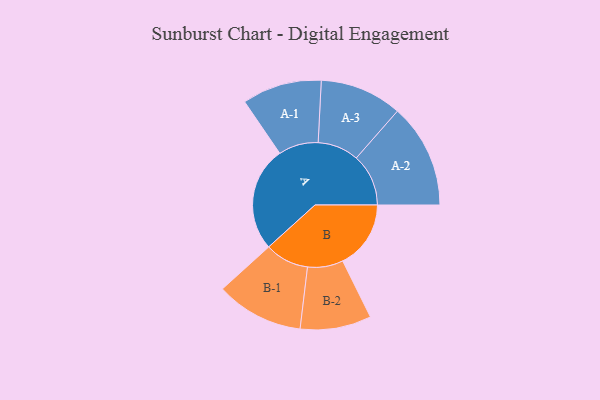
{"axis": {"x": "Segment", "y": "Value"}, "legend": ["", "A", "B"], "data": [{"x": "A", "y": 492, "type": ""}, {"x": "B", "y": 320, "type": ""}, {"x": "A-1", "y": 187, "type": "A"}, {"x": "A-2", "y": 245, "type": "A"}, {"x": "A-3", "y": 193, "type": "A"}, {"x": "B-1", "y": 206, "type": "B"}, {"x": "B-2", "y": 167, "type": "B"}]}